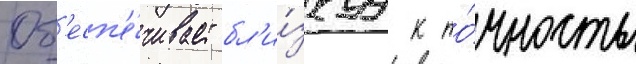
Об'есп'е́чивает бл'и́зкуу к то́чность